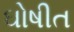
ઘોષીત